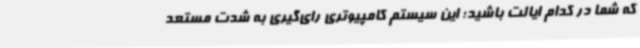
که شما در کدام ایالت باشید؛ این سیستم کامپیوتری رای‌گیری به شدت مستعد